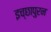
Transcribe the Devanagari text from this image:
इच्छापुरन